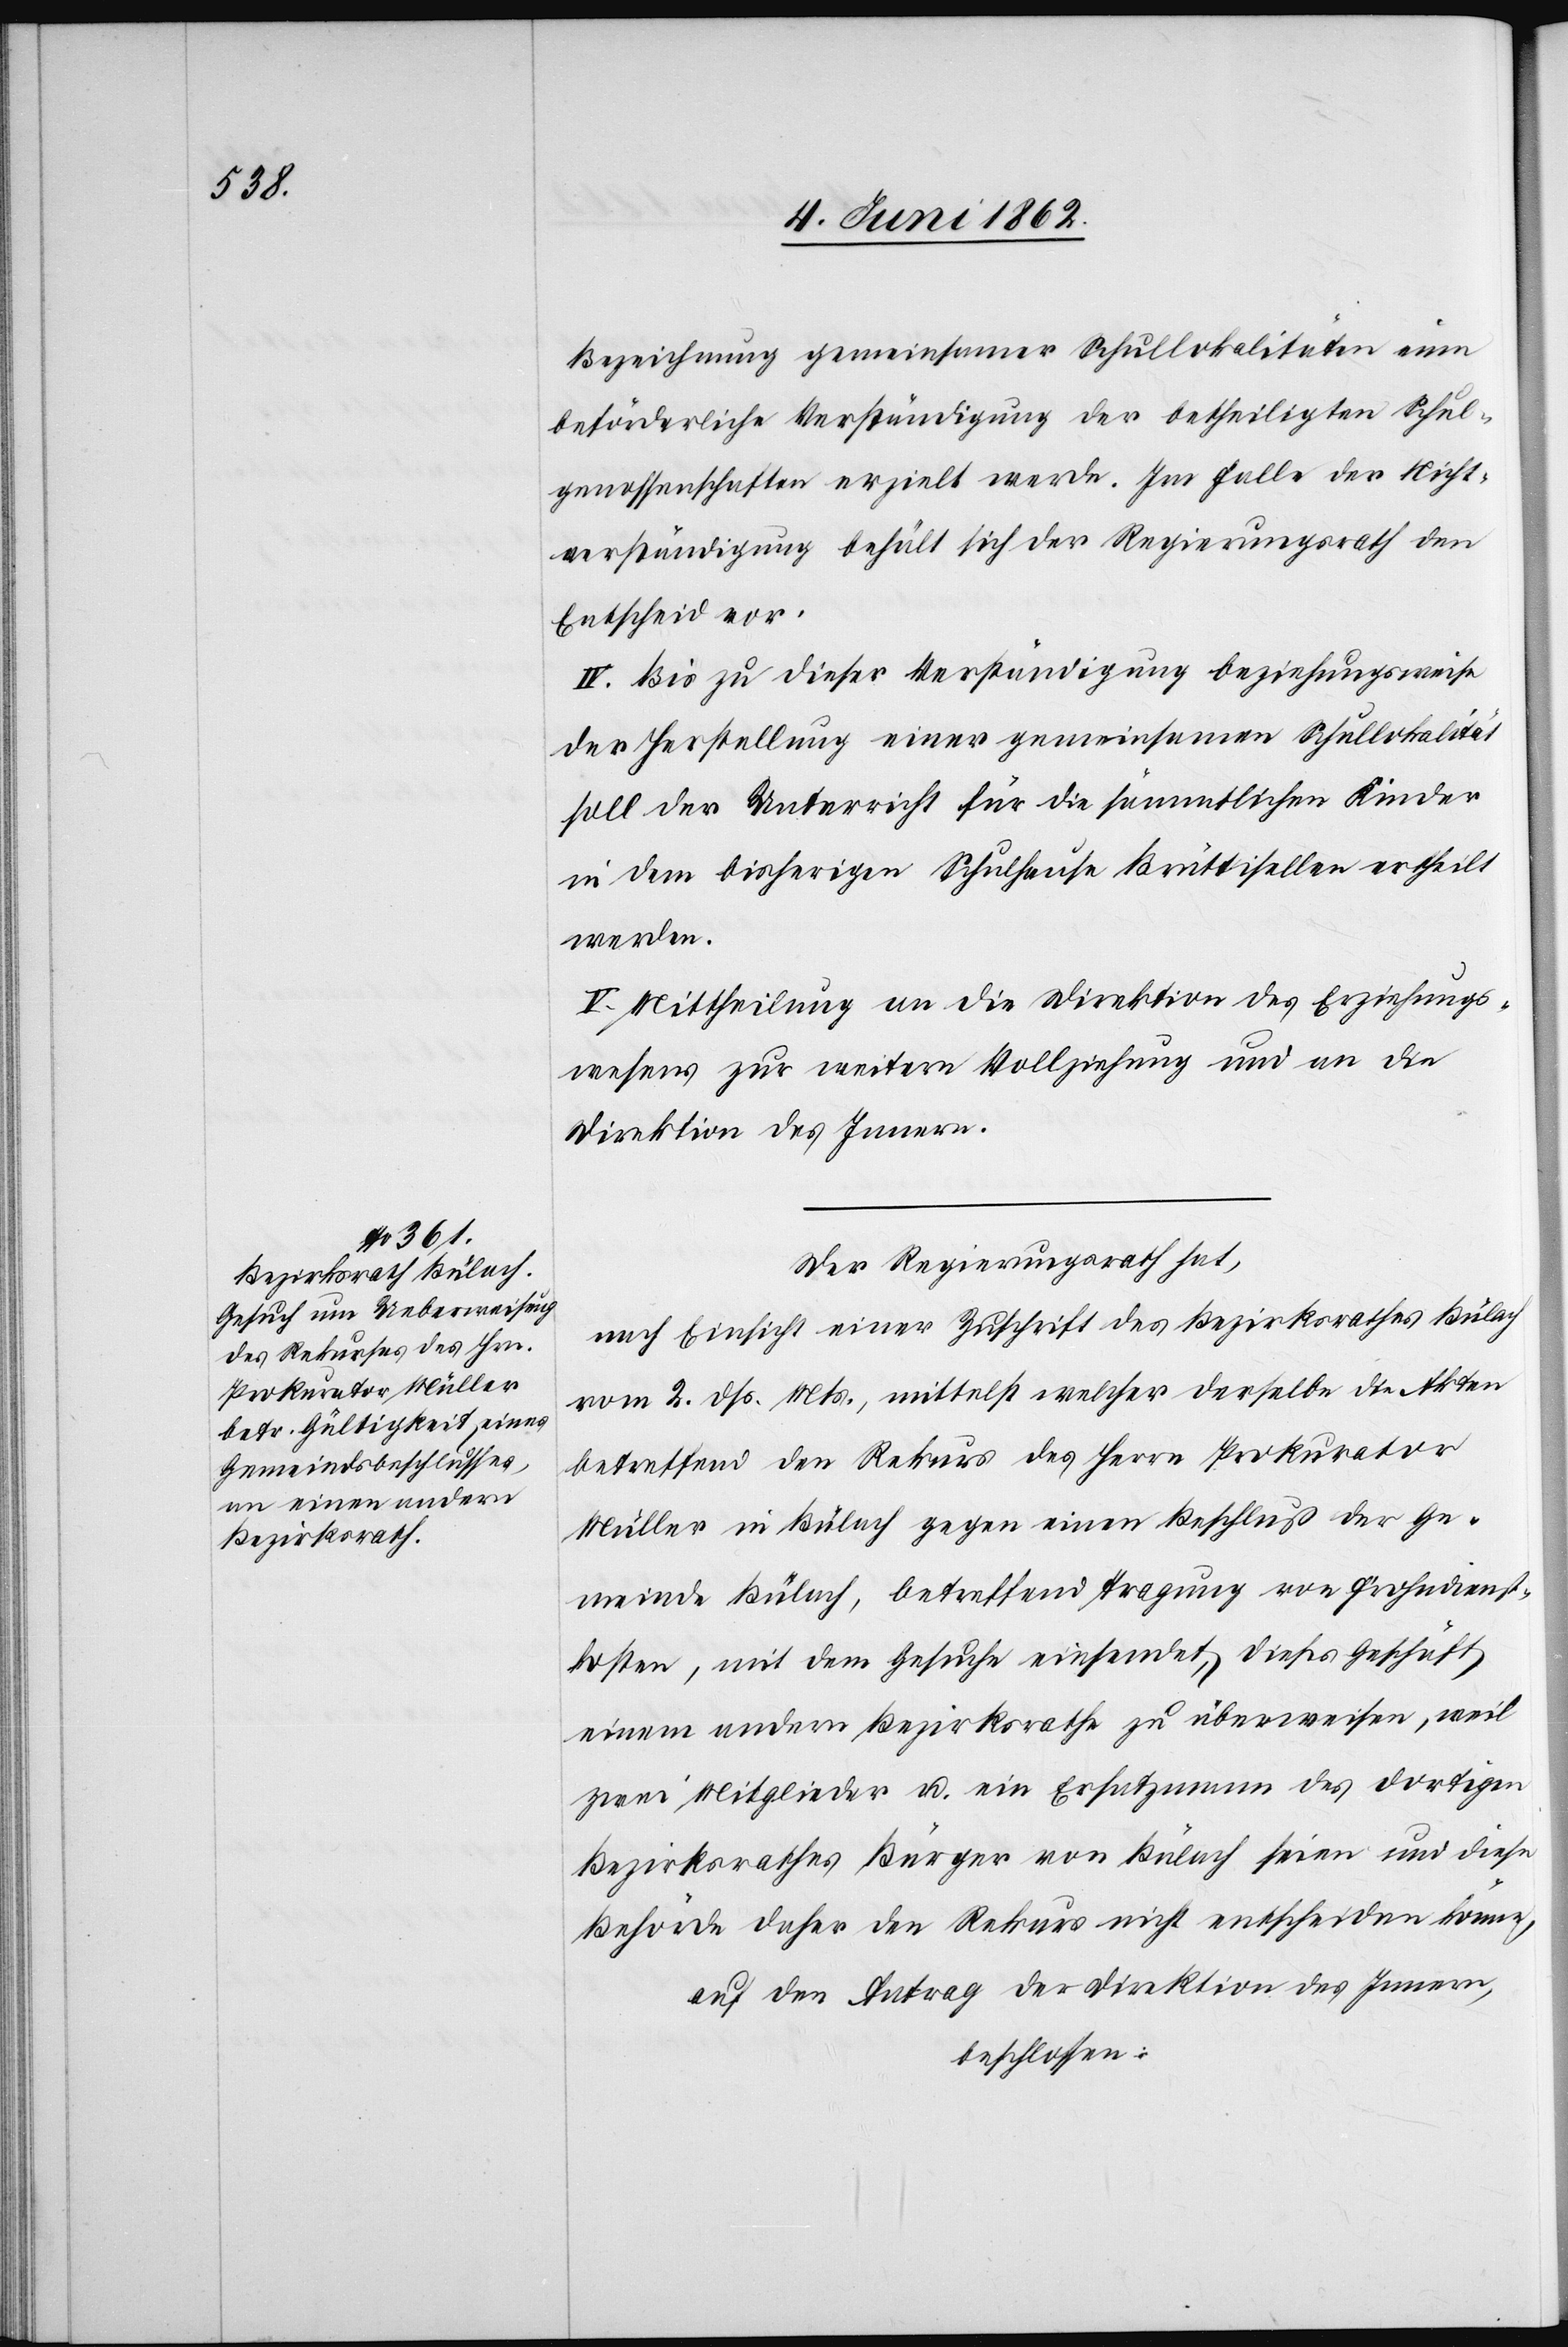
den Rekurs des Herrn

Bezeichnung gemeinsamer Schullokalitäten eine
beförderliche Verständigung der betheiligten Schul¬
genossenschaften erzielt werde. Im Falle der Nicht¬
verständigung behält sich der Regierungsrath den
Entscheid vor.
IV. Bis zu dieser Verständigung beziehungsweise
der Herstellung einer gemeinsamen Schullokalität
soll der Unterricht für die sämmtlichen Kinder
in dem bisherigen Schulhause Brüttisellen ertheilt
werden.
V. Mittheilung an die Direktion des Erziehungs¬
wesens zur weitern Vollziehung und an die
Direktion des Innern.
Der Regierungsrath hat,
nach Einsicht einer Zuschrift des Bezirksrathes Bülach
vom 2. dß. Mts., mittelst derselbe die Akten betreffend
Müller in Bülach gegen einen Beschluß der Ge¬
meinde Bülach, betreffend Tragung von Frohndienst¬
kosten, mit dem Gesuche einsendet, dieses Geschäft
einem andern Bezirksrathe zu überweisen, weil
zwei Mitglieder u. ein Ersatzmann des dortigen
Bezirksrathes Bürger von Bülach seien und diese
Behörde daher den Rekurs nicht entscheiden könne,
auf den Antrag der Direktion des Innern,
beschlossen: